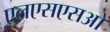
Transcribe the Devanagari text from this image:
एलएसएसओ